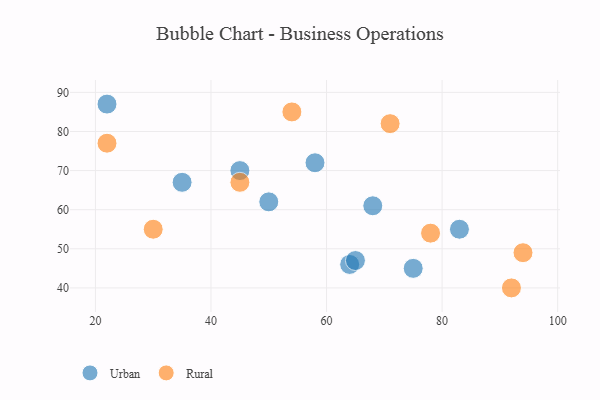
{"axis": {"x": "GDP", "y": "Life Expectancy"}, "legend": ["Rural", "Urban"], "data": [{"x": "22", "y": 87, "type": "Urban"}, {"x": "64", "y": 46, "type": "Urban"}, {"x": "75", "y": 45, "type": "Urban"}, {"x": "65", "y": 47, "type": "Urban"}, {"x": "83", "y": 55, "type": "Urban"}, {"x": "58", "y": 72, "type": "Urban"}, {"x": "50", "y": 62, "type": "Urban"}, {"x": "68", "y": 61, "type": "Urban"}, {"x": "45", "y": 70, "type": "Urban"}, {"x": "35", "y": 67, "type": "Urban"}, {"x": "30", "y": 55, "type": "Rural"}, {"x": "92", "y": 40, "type": "Rural"}, {"x": "78", "y": 54, "type": "Rural"}, {"x": "54", "y": 85, "type": "Rural"}, {"x": "22", "y": 77, "type": "Rural"}, {"x": "71", "y": 82, "type": "Rural"}, {"x": "45", "y": 67, "type": "Rural"}, {"x": "94", "y": 49, "type": "Rural"}]}